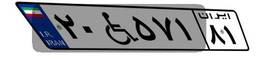
۲۰W۵۷۱۸۱